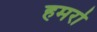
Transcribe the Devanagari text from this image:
हमरो